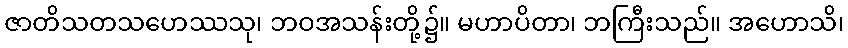
ဇာတိသတသဟေဿသု၊ ဘဝအသန်းတို့၌။ မဟာပိတာ၊ ဘကြီးသည်။ အဟောသိ၊